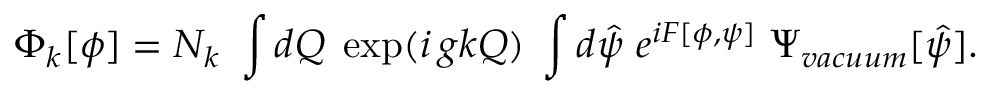
\Phi _ { k } [ \phi ] = N _ { k } ~ \int d Q \; \exp ( i \, g k Q ) \; \int d \hat { \psi } ~ e ^ { i F [ \phi , \psi ] } ~ \Psi _ { v a c u u m } [ \hat { \psi } ] .